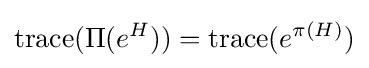
\operatorname {trace} (\Pi (e^{H}))=\operatorname {trace} (e^{\pi (H)})